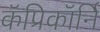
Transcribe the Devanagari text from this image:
कॅप्रिकॉर्नि